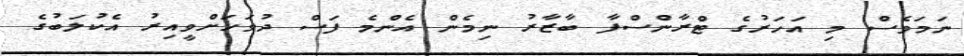
ނަމަވެސް މި އަހަރުގެ ޓްރާންސްފާ ބާޒާރު ނިމެން އެންމެ ފަސް ދުވަހަށްވީއިރު އެކުލަބުގެ